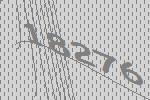
18276